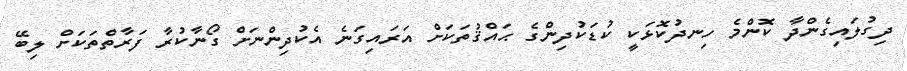
ދިގުލައިގެންދާ ކޮންމެ ހިނދުކޮޅަކީ ކުޑަކުދިންގެ ޙައްޤުތަކަށް އަރައިގަނެ އެކުދިންނަށް ގޯނާކުރާ ފަރާތްތަކަށް ލިބޭ